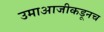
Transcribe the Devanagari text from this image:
उमाआजीकडूनच